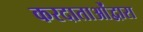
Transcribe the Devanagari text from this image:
करदाताओंद्वारा